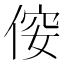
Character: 𠊢